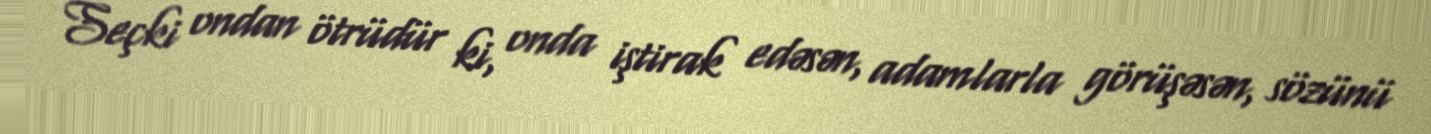
Seçki ondan ötrüdür ki, onda iştirak edəsən, adamlarla görüşəsən, sözünü